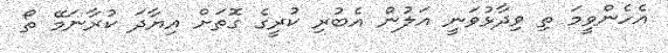
އެހެންވީމަ ތި ވިދާޅުވަނީ އަލުން އެބުރި ކުރީގެ ގޮތަށް އިޔާދަ ކުރާނަމޭ ތޯ